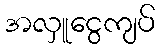
အလှူငွေကျပ်